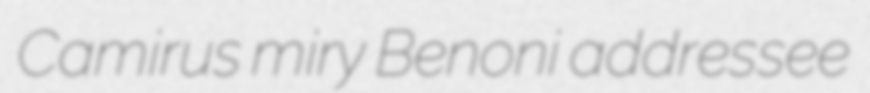
Camirus miry Benoni addressee